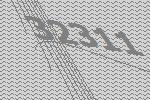
32311